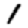
Digit: 1